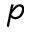
p